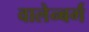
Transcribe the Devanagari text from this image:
वालेन्बर्ग